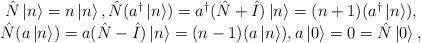
LaTeX: \begin{align*}\begin{matrix}\hat{N} \left| n \right> = n \left| n \right>, \hat{N} (a^\dagger \left| n \right> ) = a^\dagger (\hat{N} + \hat{I}) \left| n \right> = (n + 1) (a^\dagger \left| n \right> ),\\\hat{N} (a \left| n \right> ) = a(\hat{N} - \hat{I}) \left| n \right> = (n - 1) (a \left| n \right> ), a \left| 0 \right> = 0 = \hat{N}\left| 0 \right>,\end{matrix}\end{align*}